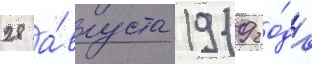
28 а́вгуста 1919 го́да